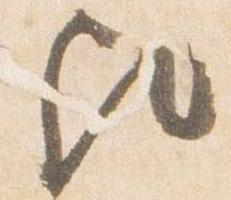
歟